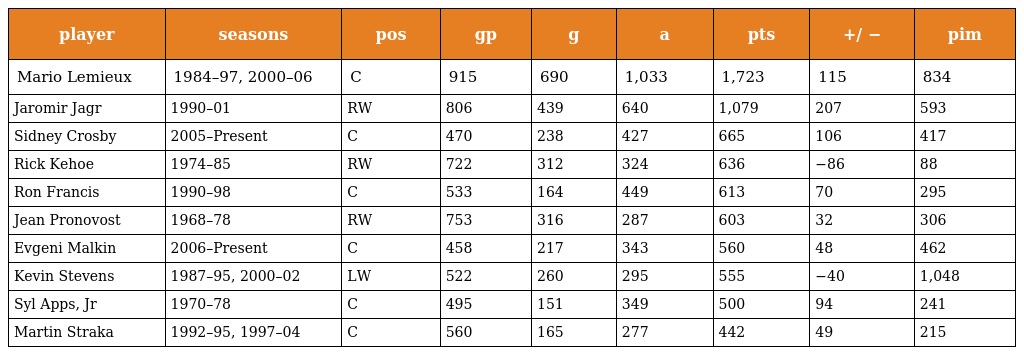
| player | seasons | pos | gp | g | a | pts | +/ − | pim |
 | --- | --- | --- | --- | --- | --- | --- | --- | --- |
 | Mario Lemieux | 1984–97, 2000–06 | C | 915 | 690 | 1,033 | 1,723 | 115 | 834 |
 | Jaromir Jagr | 1990–01 | RW | 806 | 439 | 640 | 1,079 | 207 | 593 |
 | Sidney Crosby | 2005–Present | C | 470 | 238 | 427 | 665 | 106 | 417 |
 | Rick Kehoe | 1974–85 | RW | 722 | 312 | 324 | 636 | −86 | 88 |
 | Ron Francis | 1990–98 | C | 533 | 164 | 449 | 613 | 70 | 295 |
 | Jean Pronovost | 1968–78 | RW | 753 | 316 | 287 | 603 | 32 | 306 |
 | Evgeni Malkin | 2006–Present | C | 458 | 217 | 343 | 560 | 48 | 462 |
 | Kevin Stevens | 1987–95, 2000–02 | LW | 522 | 260 | 295 | 555 | −40 | 1,048 |
 | Syl Apps, Jr | 1970–78 | C | 495 | 151 | 349 | 500 | 94 | 241 |
 | Martin Straka | 1992–95, 1997–04 | C | 560 | 165 | 277 | 442 | 49 | 215 |